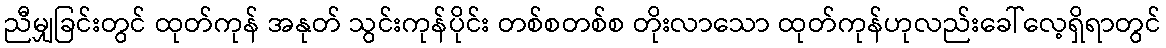
ညီမျှခြင်းတွင် ထုတ်ကုန် အနုတ် သွင်းကုန်ပိုင်း တစ်စတစ်စ တိုးလာသော ထုတ်ကုန်ဟုလည်းခေါ်လေ့ရှိရာတွင်